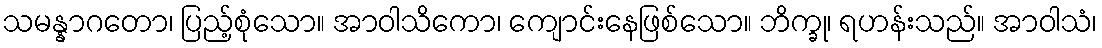
သမန္နာဂတော၊ ပြည့်စုံသော။ အာဝါသိကော၊ ကျောင်းနေဖြစ်သော။ ဘိက္ခု၊ ရဟန်းသည်။ အာဝါသံ၊